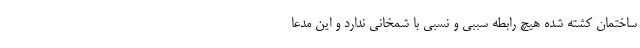
ساختمان کشته شده هیچ رابطه سببی و نسبی با شمخانی ندارد و این مدعا